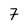
Character: 7